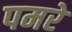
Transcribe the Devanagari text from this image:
पमरे